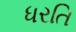
ધરતિ